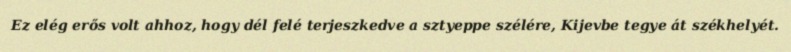
Ez elég erős volt ahhoz, hogy dél felé terjeszkedve a sztyeppe szélére, Kijevbe tegye át székhelyét.